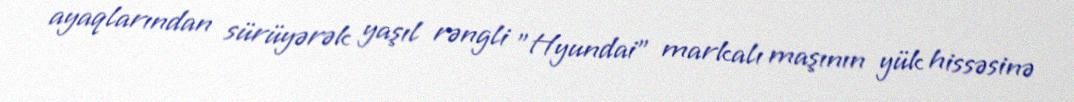
ayaqlarından sürüyərək yaşıl rəngli "Hyundai" markalı maşının yük hissəsinə